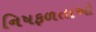
નિષફળતાઓ